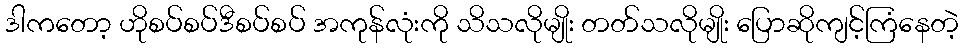
ဒါကတော့ ဟိုစပ်စပ်ဒီစပ်စပ် အကုန်လုံးကို သိသလိုမျိုး တတ်သလိုမျိုး ပြောဆိုကျင့်ကြံနေတဲ့